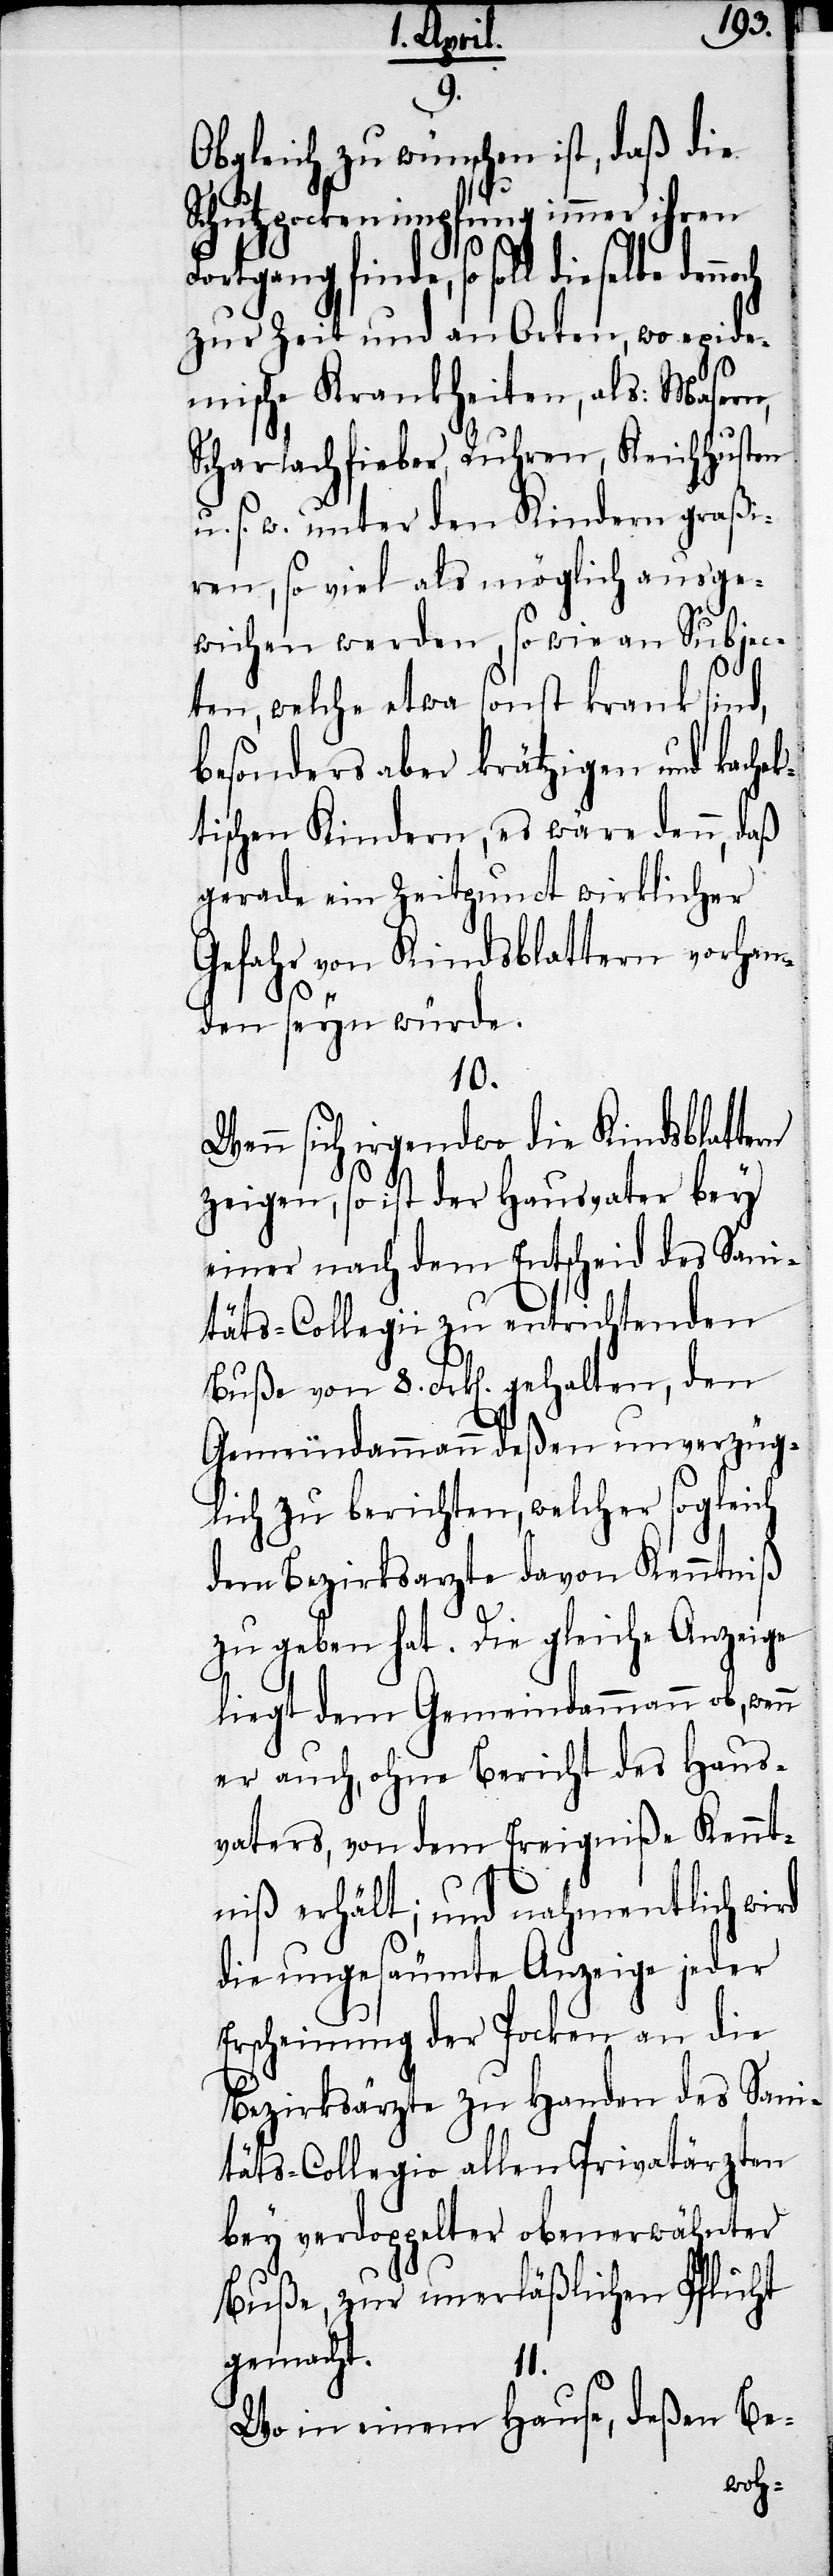
9.
Obgleich zu wünschen ist, daß die
Schutzpockenimpfung immer ihren
Fortgang finde, so soll dieselbe
zur Zeit und an Orten, wo epide¬
mische Krankheiten, als: Masern,
Scharlachfieber, Ruhren, Keichhusten
u. s. w. unter den Kindern graßi¬
ren, so viel als möglich ausge¬
wichen werden, so wie an Subjec¬
rn
ten, welche etwa sonst krank sind,
besonders aber krätzigen und kachel¬
tischen Kindern, es wäre denn, daß
gerade ein Zeitpunct wirklicher
Gefahr von Kindsblattern vorhan¬
den seyn würde.
10.
Wenn sich irgendwo die Kindsblatte¬
zeigen, so ist der Hausvater bey
einer nach dem Entscheid des Sani¬
täts-Collegii zu entrichtenden
Buße von 8. Frk[en]. gehalten, den
Gemeindammann deßen unverzüg¬
lich zu berichten, welcher sogleich
dem Bezirksarzte davon Kenntniß
zu geben hat. Die gleiche Anzeige
liegt dem Gemeindammann ob, wenn
er auch, ohne Bericht des Haus¬
vaters, von dem Ereigniße Kennt¬
niß erhält; und nahmentlich wird
die ungesäumte Anzeige jeder
Erscheinung der Pocken an die
Bezirksärzte zu Handen des Sani¬
täts-Collegio allen Privatärzten
bey verdoppelter obenerwähnter
Buße, zur unerläßlichen Pflicht
gemacht.
11.
Wo in einem Hause, deßen Be-